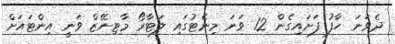
ދެވަނަ ހާފު ފަށައިގެން 12 ވަނަ މިނެޓުގައި ލަޓާރޯ މާޓިނޭޒް ވަނީ އިންޓައަށް